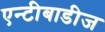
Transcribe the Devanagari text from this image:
एन्टीबाडीज